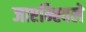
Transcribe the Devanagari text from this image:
जाएन्स्विले